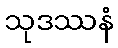
သုဒဿနံ